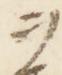
ヲ